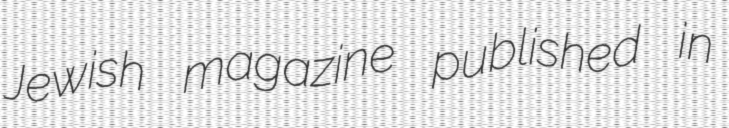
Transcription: Jewish magazine published in